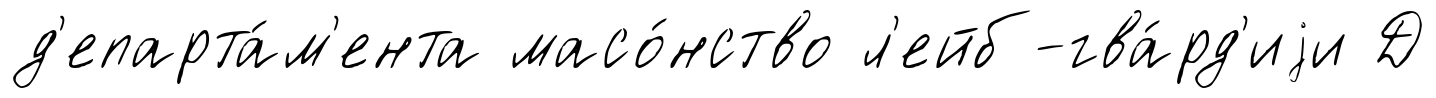
д'епарта́м'ента масо́нство л'ейб-гва́рд'иjи Д